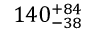
1 4 0 _ { - 3 8 } ^ { + 8 4 }